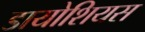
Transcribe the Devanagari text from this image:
डायोशियस